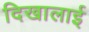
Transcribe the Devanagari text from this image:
दिखालाई